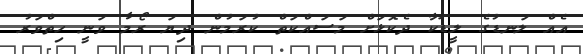
އެއް ލަނޑުގެ ލީޑަކާ ދެކޮޅަށް މަސައްކަތް ކުރަމުން ދިޔަ ރޯމާ ވަނީ ހިތްވަރު